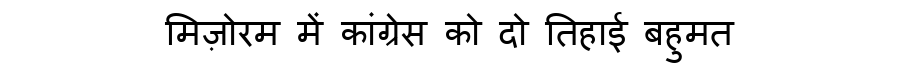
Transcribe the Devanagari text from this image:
मिज़ोरम में कांग्रेस को दो तिहाई बहुमत